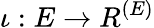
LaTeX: \iota:E\to R^{(E)}